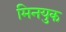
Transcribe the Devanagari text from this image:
मिनयुक